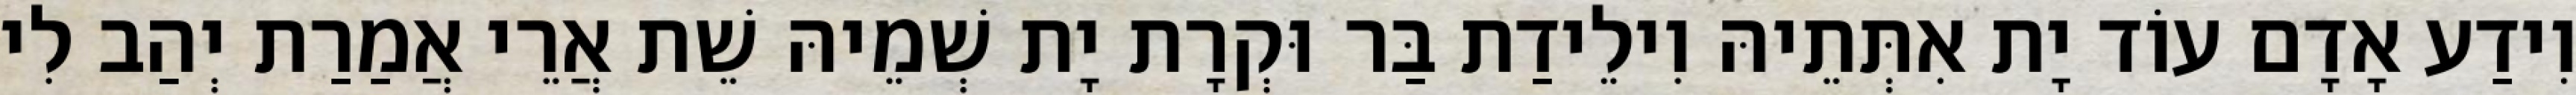
וִידַע אָדָם עוֹד יָת אִתְּתֵיהּ וִילֵידַת בַּר וּקְרָת יָת שְׁמֵיהּ שֵׁת אֲרֵי אֲמַרַת יְהַב לִי